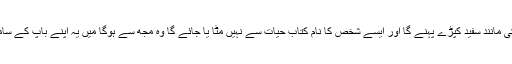
ہر شخص جو غالب آجائے اور فا تح ہو وہ ان لوگوں کی مانند سفید کپڑے پہنے گا اور ایسے شخص کا نام کتاب حیات سے نہیں مٹا یا جائے گا وہ مجھ سے ہوگا میں یہ اپنے باپ کے سامنے اور فرشتوں کے سامنے اس کا اقرہار کروں گا ۔